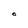
Character: O